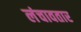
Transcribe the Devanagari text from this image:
लंचावतार